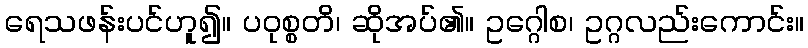
ရေသဖန်းပင်ဟူ၍။ ပဝုစ္စတိ၊ ဆိုအပ်၏။ ဥဂ္ဂေါစ၊ ဥဂ္ဂလည်းကောင်း။